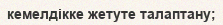
кемелдікке жетуте талаптану;